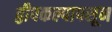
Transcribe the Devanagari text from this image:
द्वीपकल्पापसून